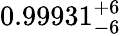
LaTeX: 0.99931_{-6}^{+6}